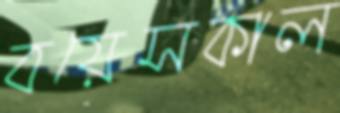
বয়েসকাল